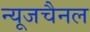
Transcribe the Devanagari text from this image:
न्यूजचैनल